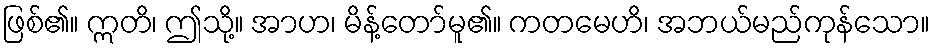
ဖြစ်၏။ ဣတိ၊ ဤသို့။ အာဟ၊ မိန့်တော်မူ၏။ ကတမေဟိ၊ အဘယ်မည်ကုန်သော။